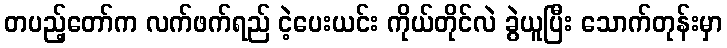
တပည့်တော်က လက်ဖက်ရည် ငဲ့ပေးယင်း ကိုယ်တိုင်လဲ ခွဲယူပြီး သောက်တုန်းမှာ